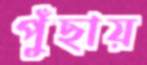
পুঁছায়